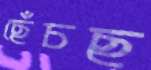
ছেঁচছ